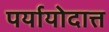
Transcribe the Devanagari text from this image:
पर्यायोदात्त